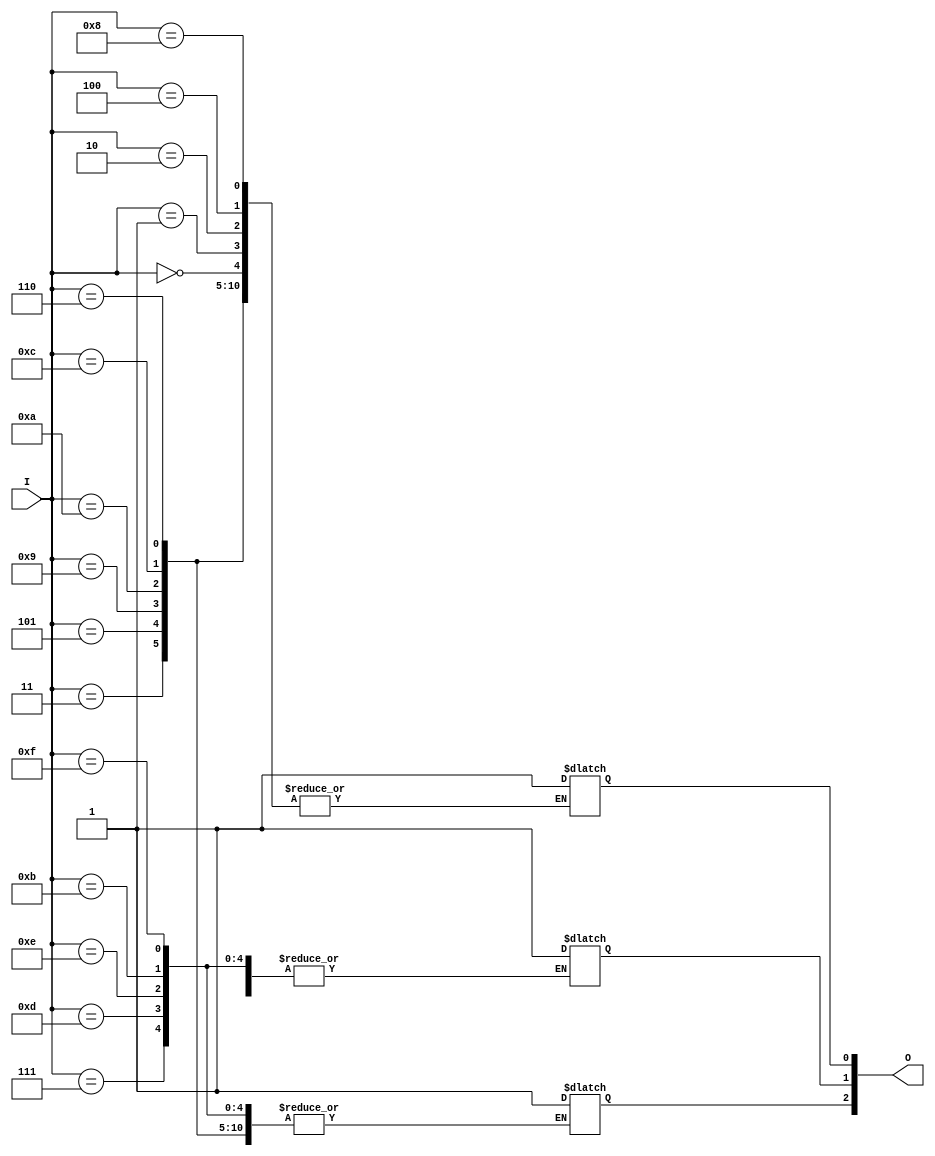
module voter (I, O);
input [3:0] I; // I 4 men
output [3:1] O; // O Result
reg [3:1] O;    //  3 bits 

always@ (I)
begin
    case(I)     //I
        4'b0000:
            O[3] = 1;
        4'b0001:
            O[3] = 1;
        4'b0010:
            O[3] = 1;
        4'b0100:
            O[3] = 1;
        4'b1000:
            O[3] = 1;
        4'b0011:
            O[2] = 1;
        4'b0101:
            O[2] = 1;
        4'b1001:
            O[2] = 1;
        4'b1010:
            O[2] = 1;
        4'b1100:
            O[2] = 1;
        4'b0110:
            O[2] = 1;
        4'b0111:
            O[1] = 1;
        4'b1101:
            O[1] = 1;
        4'b1110:
            O[1] = 1;
        4'b1011:
            O[1] = 1;
        4'b1111:
            O[1] = 1;
    endcase
end
endmodule